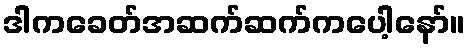
ဒါကခေတ်အဆက်ဆက်ကပေါ့နော်။